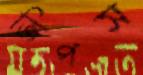
জিপস